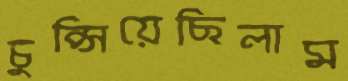
চুপ্‌সিয়েছিলাম